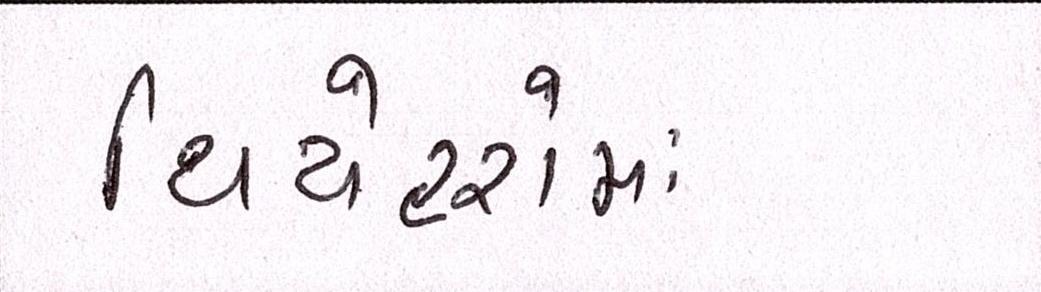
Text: થિયેટરોમાં